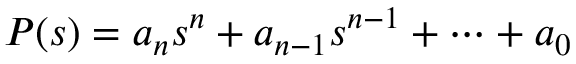
P ( s ) = a _ { n } s ^ { n } + a _ { n - 1 } s ^ { n - 1 } + \cdots + a _ { 0 }